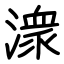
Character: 潨